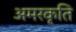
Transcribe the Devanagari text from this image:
अमरकृति